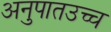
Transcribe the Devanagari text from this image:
अनुपातउच्च